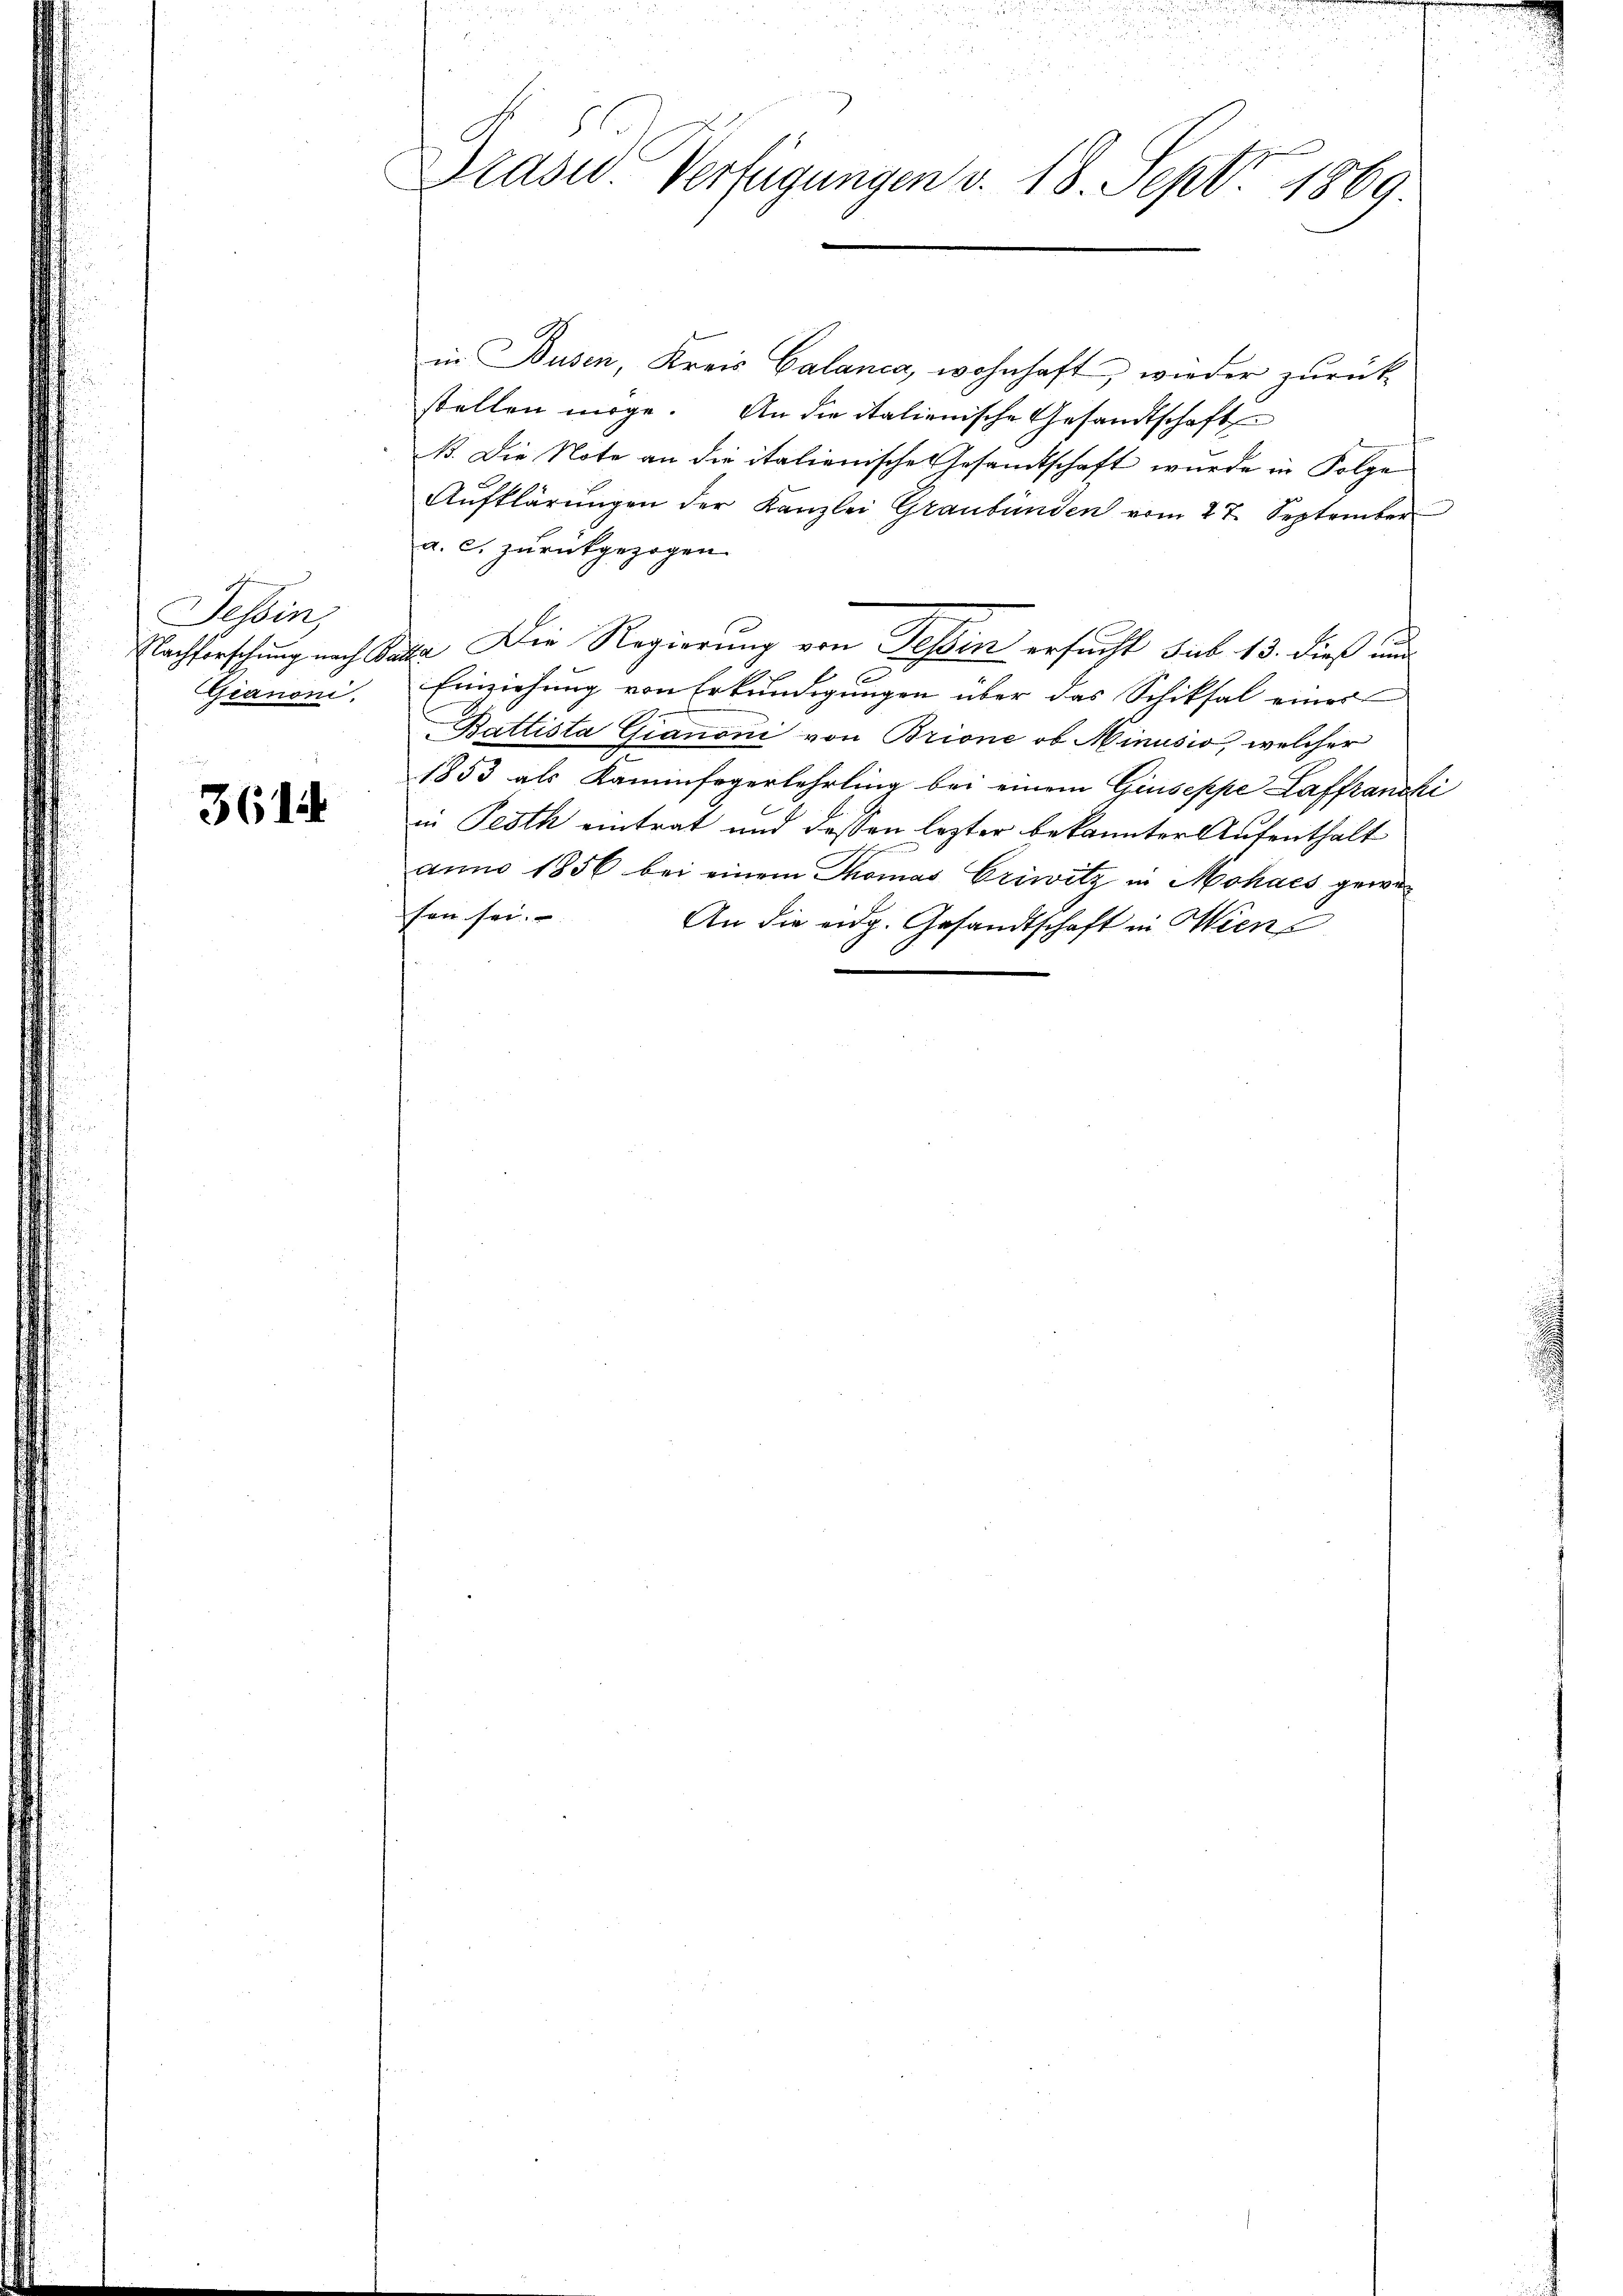
Tessin,
Nachforschung nach B.
Gianoni.

3614

Plast. Verfügungen v. 18. Sept 1869

in Busen, Kreis Calanca, wohnhaft, wieder zurück
stellen möge. An die italienische Gesandtschaft
NB. Die Note an die italienische Gesandtschaft wurde in Folge
Aŭfklärŭngen der Kanzlei Graubünden vom 27. September
a. c. zurückgezogen.
ata. Die Regierung von Tessin ersucht sub 13. dieß und
b
Einziehung von Erkundigungen über das Schiksal eines
Battista Gianoni von Brione ob Minusio, welcher
1853 als Kaminfegerlehrling bei einem Giuseppe Laffranchi
in Pesth eintrat und dessen lezter bekannter Aufenthalt
anno 1856 bei einem Thomas Criwitz in Mohaes gewesen sei.
An die eidg. Gesandtschaft in Wien